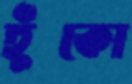
হুঁকো